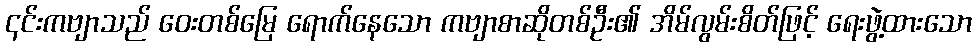
၎င်းကဗျာသည် ဝေးတစ်မြေ ရောက်နေသော ကဗျာစာဆိုတစ်ဦး၏ အိမ်လွမ်းစိတ်ဖြင့် ရေးဖွဲ့ထားသော